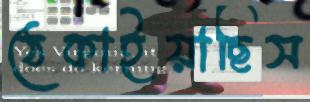
ঠেকাইয়াছিস